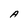
Character: A